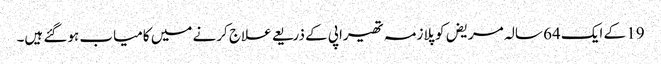
19 کے ایک 64 سالہ مریض کو پلازمہ تھیراپی کے ذریعے علاج کرنے میں کامیاب ہوگئے ہیں۔